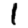
Digit: 1